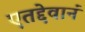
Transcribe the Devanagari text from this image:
एतद्देवानं